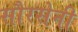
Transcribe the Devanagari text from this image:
सौरसेनी